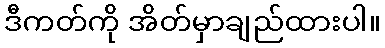
ဒီကတ်ကို အိတ်မှာချည်ထားပါ။